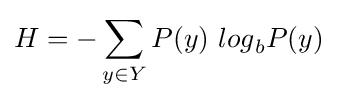
H=-\sum _{y\in Y}{P(y)\ {log}_{b}P(y)}